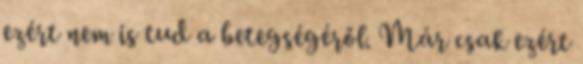
ezért nem is tud a betegségéről. Már csak ezért